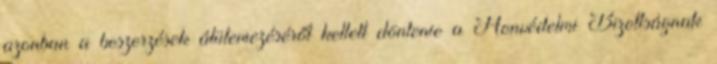
azonban a beszerzések átütemezéséről kellett döntenie a Honvédelmi Bizottságnak